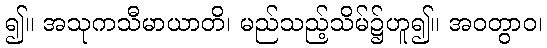
၍။ အသုကသီမာယာတိ၊ မည်သည့်သိမ်၌ဟူ၍။ အဝတွာဝ၊